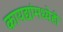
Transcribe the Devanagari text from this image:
कायद्यांमध्येही